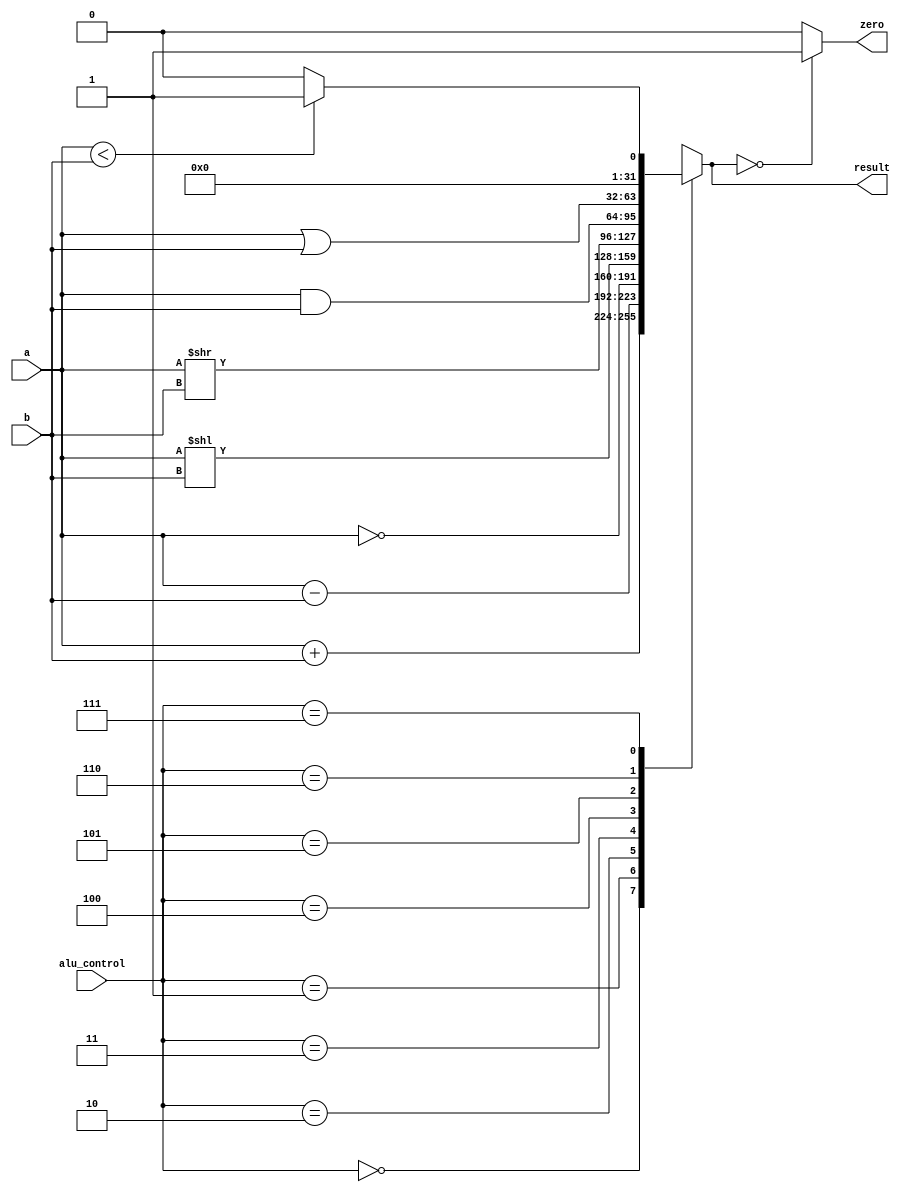
module ALU(
  input  [31:0] a,  //src1
  input  [31:0] b,  //src2
 input  [2:0] alu_control, //function sel
 
  output reg [31:0] result,  //result 
 output zero
    );

always @(*)
begin 
 case(alu_control)
 3'b000: result = a + b; // add
 3'b001: result = a - b; // sub
 3'b010: result = ~a;
 3'b011: result = a<<b;
 3'b100: result = a>>b;
 3'b101: result = a & b; // and
 3'b110: result = a | b; // or
   3'b111: begin if (a<b) result = 32'd1;
    else result = 32'd0;
    end
 default:result = a + b; // add
 endcase
end
  assign zero = (result==32'd0) ? 1'b1: 1'b0;
 
endmodule